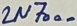
Text: 2N7000